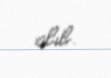
alıb.